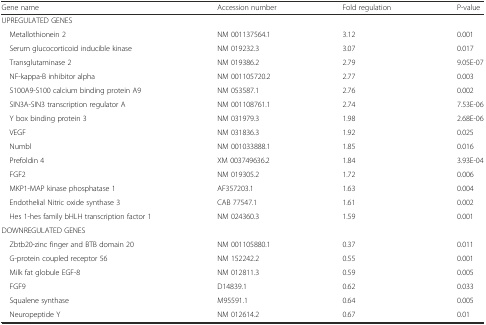
| Gene name | Accession number | Fold regulation | P-value |
 | --- | --- | --- | --- |
 | <COLSPAN=4> UPREGULATED GENES |
 | Metallothionein 2 | NM 001137564.1 | 3.12 | 0.001 |
 | Serum glucocorticoid inducible kinase | NM 019232.3 | 3.07 | 0.017 |
 | Transglutaminase 2 | NM 019386.2 | 2.79 | 9.05E-07 |
 | NF-kappa-B inhibitor alpha | NM 001105720.2 | 2.77 | 0.003 |
 | S100A9-S100 calcium binding protein A9 | NM 053587.1 | 2.76 | 0.002 |
 | SIN3A-SIN3 transcription regulator A | NM 001108761.1 | 2.74 | 7.53E-06 |
 | Y box binding protein 3 | NM 031979.3 | 1.98 | 2.68E-06 |
 | VEGF | NM 031836.3 | 1.92 | 0.025 |
 | Numbl | NM 001033888.1 | 1.85 | 0.016 |
 | Prefoldin 4 | XM 003749636.2 | 1.84 | 3.93E-04 |
 | FGF2 | NM 019305.2 | 1.72 | 0.006 |
 | MKP1-MAP kinase phosphatase 1 | AF357203.1 | 1.63 | 0.004 |
 | Endothelial Nitric oxide synthase 3 | CAB 77547.1 | 1.61 | 0.002 |
 | Hes 1-hes family bHLH transcription factor 1 | NM 024360.3 | 1.59 | 0.001 |
 | <COLSPAN=4> DOWNREGULATED GENES |
 | Zbtb20-zinc finger and BTB domain 20 | NM 001105880.1 | 0.37 | 0.011 |
 | G-protein coupled receptor 56 | NM 152242.2 | 0.55 | 0.001 |
 | Milk fat globule EGF-8 | NM 012811.3 | 0.59 | 0.005 |
 | FGF9 | D14839.1 | 0.62 | 0.033 |
 | Squalene synthase | M95591.1 | 0.64 | 0.005 |
 | Neuropeptide Y | NM 012614.2 | 0.67 | 0.01 |